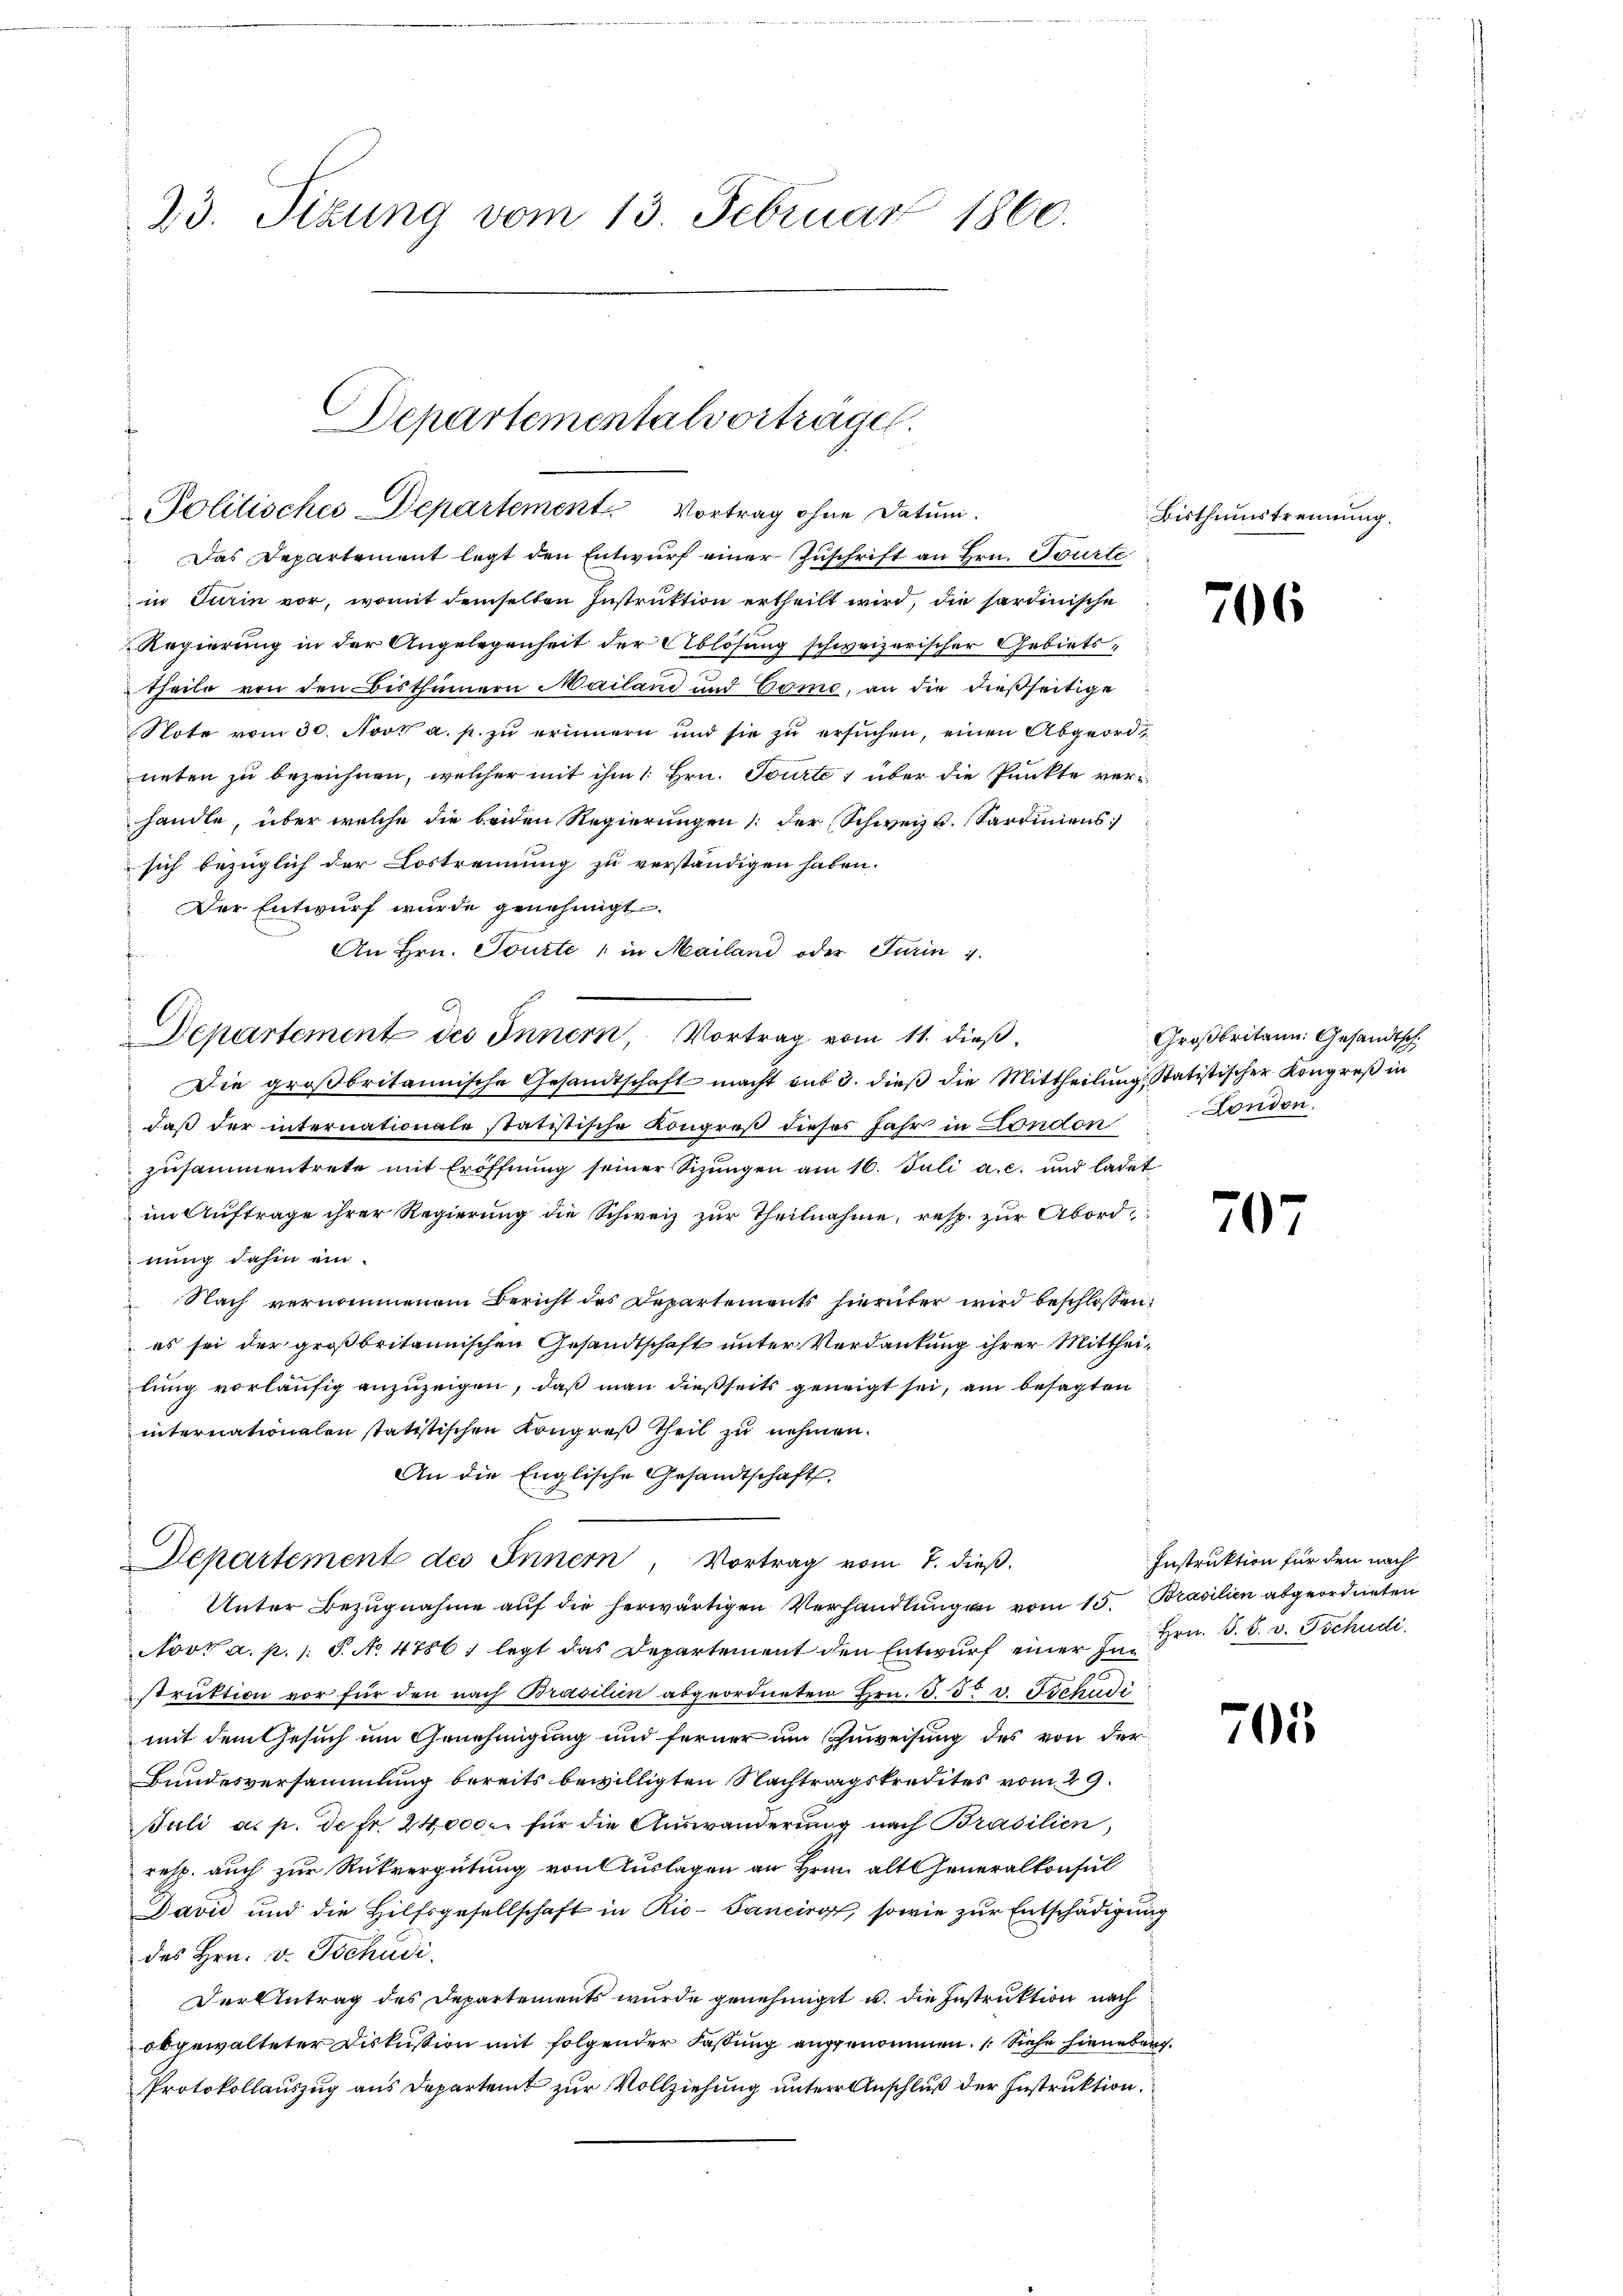
23. Sizung vom 13. Februar 1860.

Das Departement legt den Entwurf einer Zuschrift an Hrn. Tourte
f
in Turin vor, womit demselben Instruktion ertheilt wird, die sardinische
Regierung in der Angelegenheit der Ablösung schweizerischer Gebietstheile von den Bisthümern Mailand und Como, an die dießseitige
Note vom 30. Novk a. p. zu erinnern und sie zu ersuchen, einen Abgeordneten zu bezeichnen, welcher mit ihm 1. Hrn. Tourte 1 über die Punkte verhandle, über welche die beiden Regierungen der (Schweiz u. Sardiniens
sich bezüglich der Lostrennung zu verständigen haben.
Der Entwurf wurde genehmigt.
An Hrn. Tourte " in Mailand oder Turin 4.
Die groβbritannische Gesandtschaft macht auf 3. dieβ die Mittheilŭng, Statistischer Kongreß in
daß der internationale statistische Kongreß dieses Jahr in London
zusammentrete mit Eröffnung seiner Sizungen am 16. Juli a. c. und ladet
im Auftrage ihrer Regierung die Schweiz zur Theilnahme, resp. zur Abordnung dahin ein.
Nach vernommenem Bericht des Departement hierüber wird beschlossen:
es sei der großbritannischen Gesandtschaft unter Verdankung ihrer Mittheilung vorläufig anzuzeigen, daß man dießseits geneigt sei, am besagten
internationalen statistischen Kongreß Theil zu nehmen.
An die Englische Gesandtschaft
Departement des Innern, Vortrag vom 7. dieß.
Unter Bezugnahme auf die herwärtigen Verhandlungen vom 15. Brasilien abgeordneten
Novt a. p. 1 S. N. 4786 ; legt das Departement den Entwŭrf einer In Hrn. S. 8. v. Tschudi
struktion vor für den nach Brasilien abgeordneten Hrn. S. 5t v. Tschudi
mit dem Gesuch um Genehmigung und ferner um Anweisung des von der
Bundesversammlung bereits bewilligten Nachtragskredites vom 29.
Juli a. p. de fr. 24,000. für die Auswanderung nach Brasilien,
resp. auch zur Rückvergütung von Auslagen an Hrnn alteneralkonsul
Javić und die Hilfsgesellschaft in Rio- Sanciret, sowie zur Entschädigung
des Hrn. v. Tschudi
Der Antrag des Departements wurde genehmiget u. die Instruktion nach
obgewalteter Diskussion mit folgender Fassung angenommen. (Siehe hieneben
Protokollauszug aus Departeit zur Vollziehung unterer Anschluß der Instruktion.

Departementalvorträge.
Politisches Departement Vortrag ohne Datum.

Departement des Innern, Vortrag vom 11. dieß

Bisthumstrennung.

706

Großbritann: Gesandtsch.
London.

707

705

Instruktion für den nach